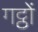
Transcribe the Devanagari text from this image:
गट्ठों